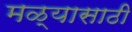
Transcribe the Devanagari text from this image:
मळ्यासाठी